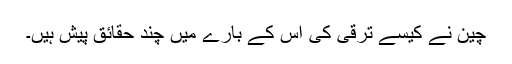
چین نے کیسے ترقی کی اس کے بارے میں چند حقائق پیش ہیں۔